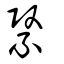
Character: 緊